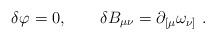
LaTeX: \begin{align*}\delta \varphi =0,\quad \quad \delta B_{\mu \nu }=\partial _{[\mu}\omega _{\nu ]}~. \end{align*}